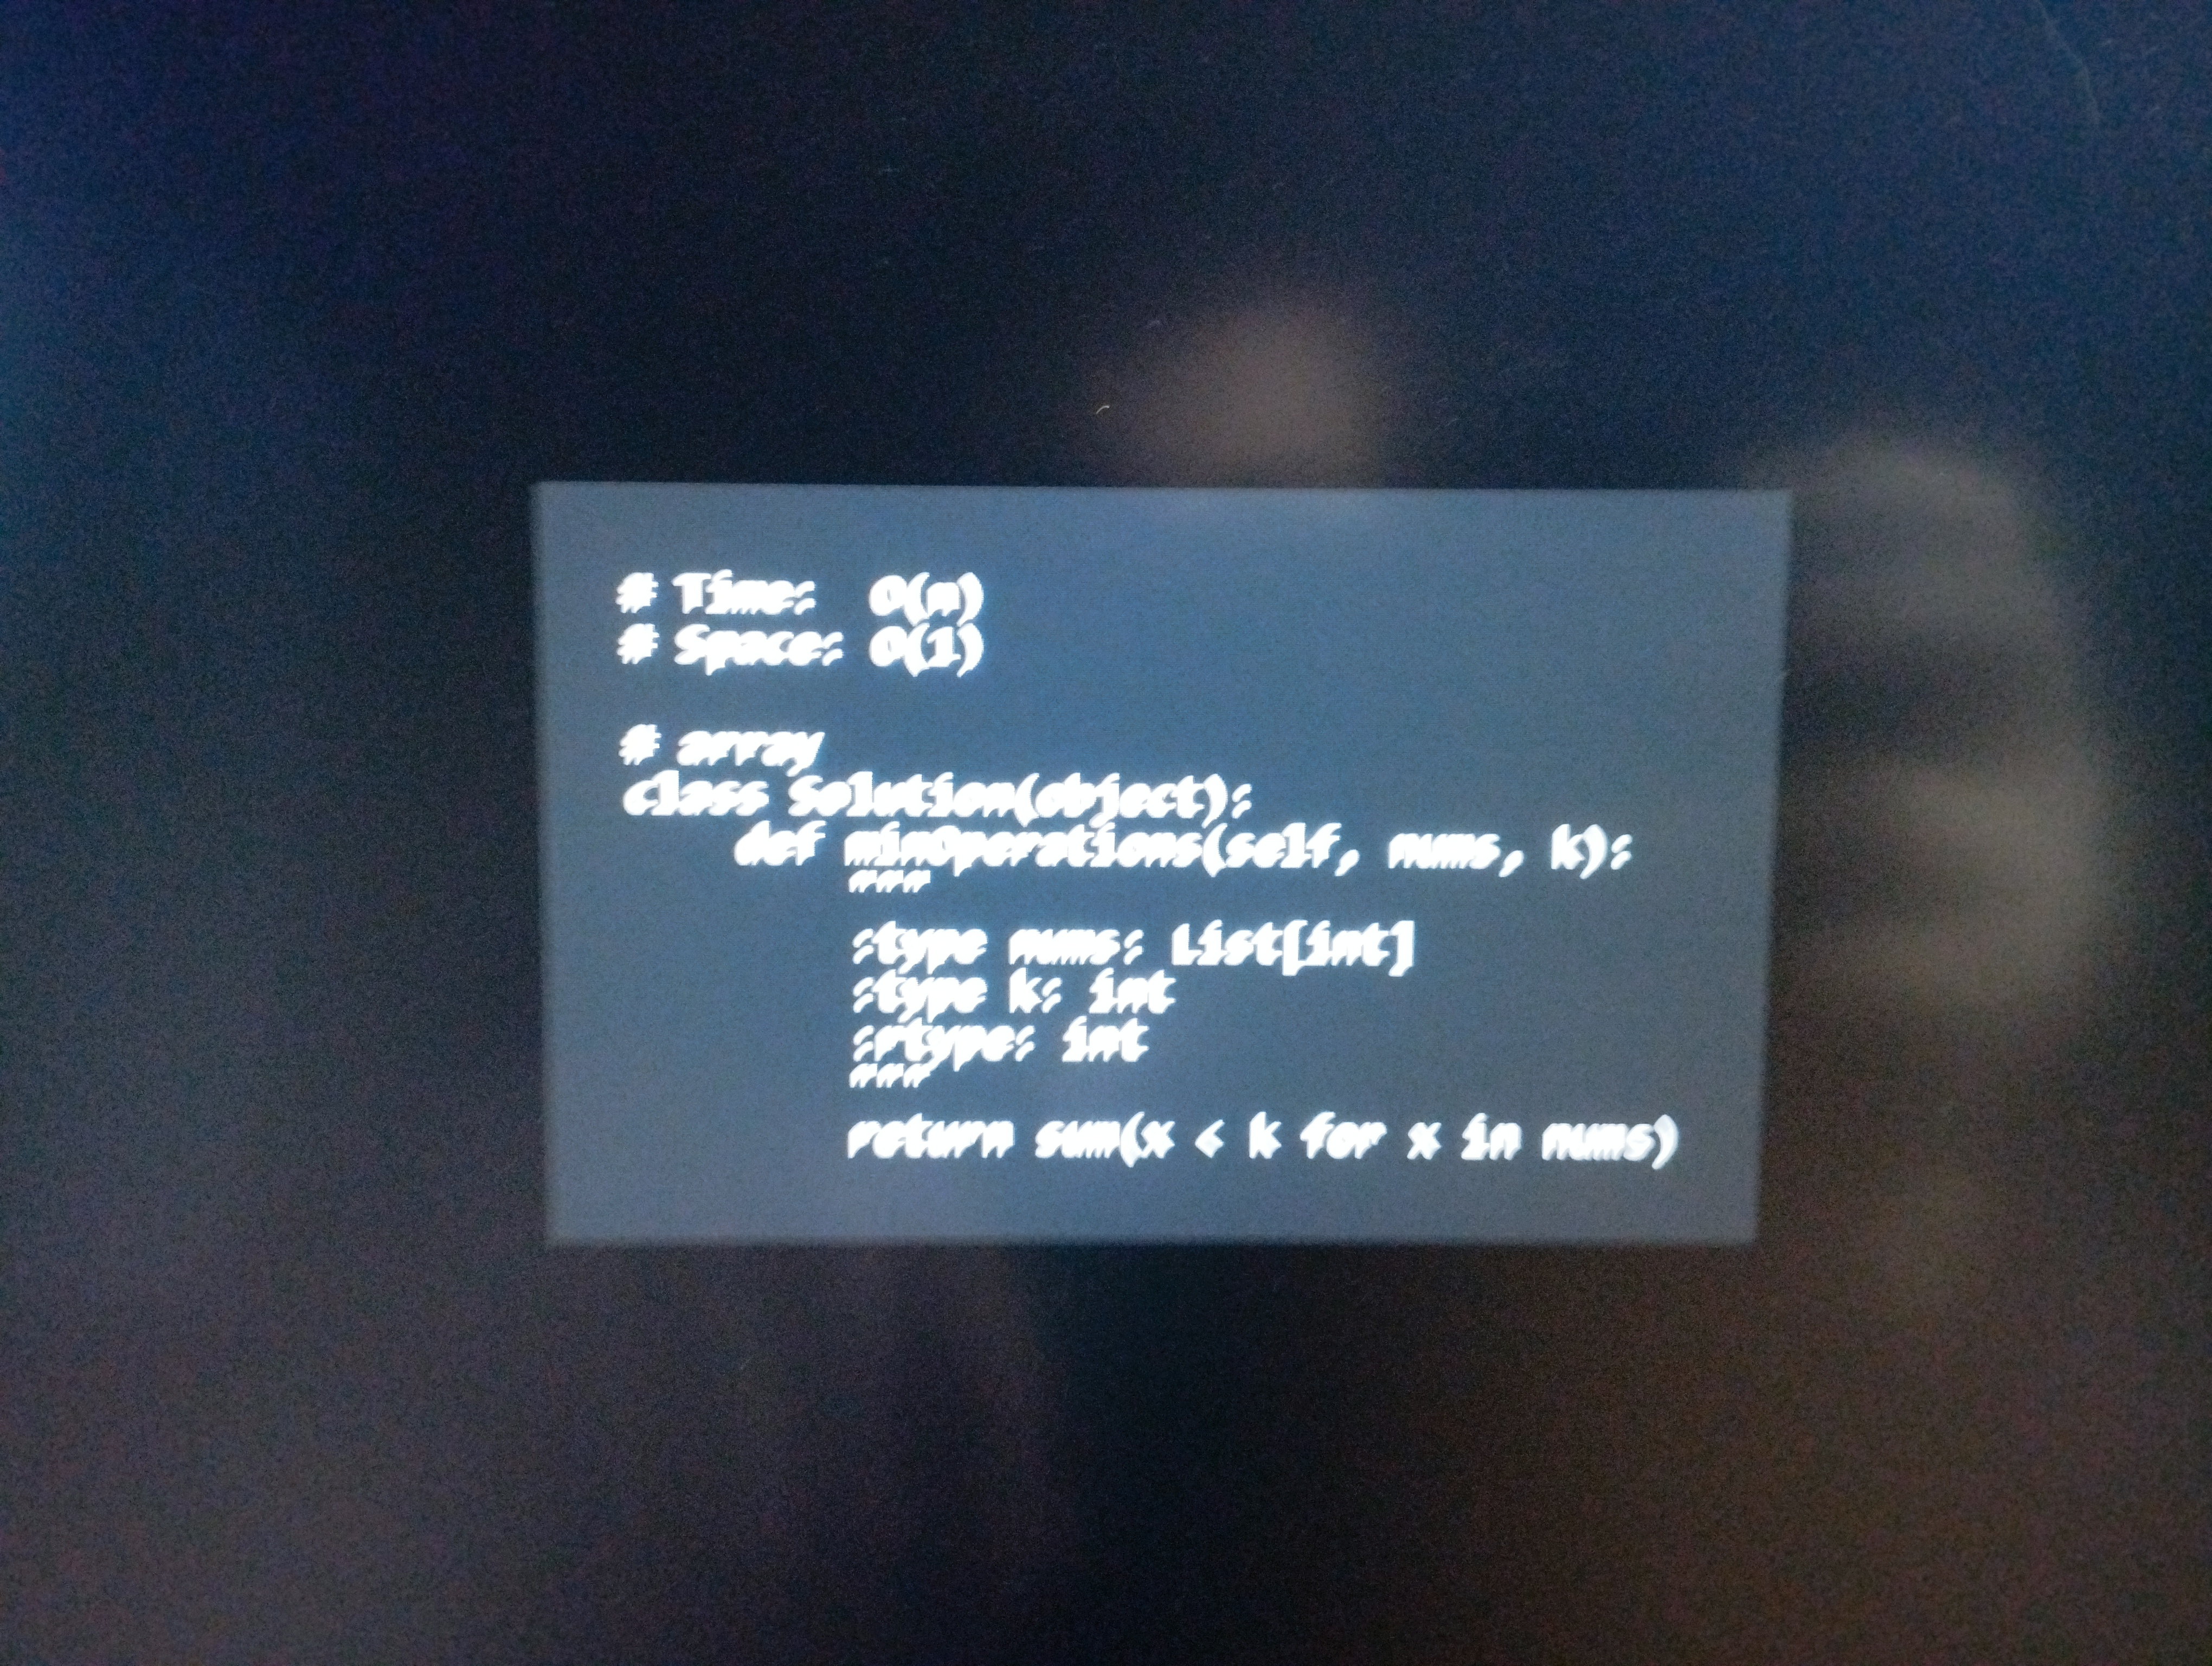
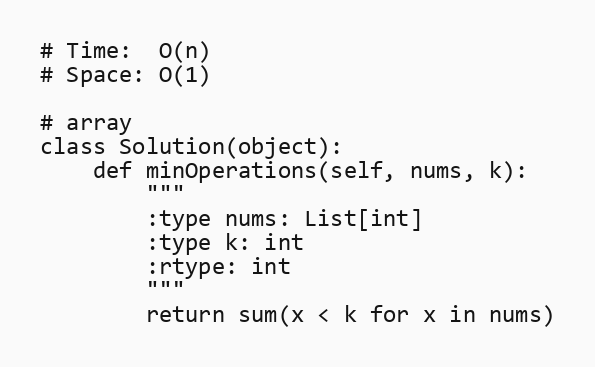
# Time:  O(n)
# Space: O(1)

# array
class Solution(object):
    def minOperations(self, nums, k):
        """
        :type nums: List[int]
        :type k: int
        :rtype: int
        """
        return sum(x < k for x in nums)